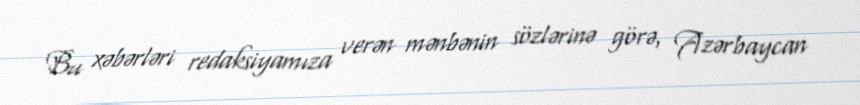
Bu xəbərləri redaksiyamıza verən mənbənin sözlərinə görə, Azərbaycan